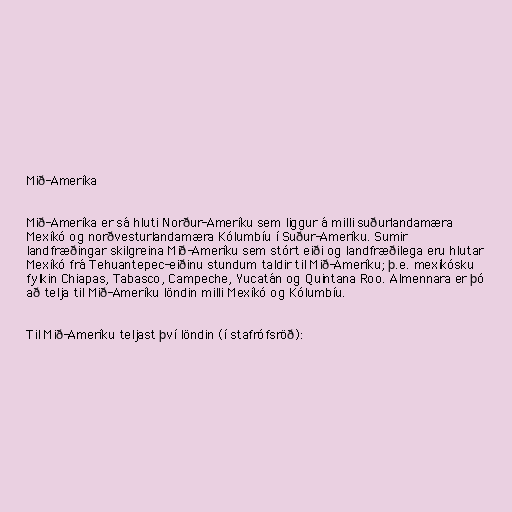
Mið-Ameríka

Mið-Ameríka er sá hluti Norður-Ameríku sem liggur á milli suðurlandamæra
Mexíkó og norðvesturlandamæra Kólumbíu í Suður-Ameríku. Sumir
landfræðingar skilgreina Mið-Ameríku sem stórt eiði og landfræðilega eru hlutar
Mexíkó frá Tehuantepec-eiðinu stundum taldir til Mið-Ameríku; þ.e. mexíkósku
fylkin Chiapas, Tabasco, Campeche, Yucatán og Quintana Roo. Almennara er þó
að telja til Mið-Ameríku löndin milli Mexíkó og Kólumbíu.

Til Mið-Ameríku teljast því löndin (í stafrófsröð):